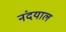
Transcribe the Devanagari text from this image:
नंदयाल